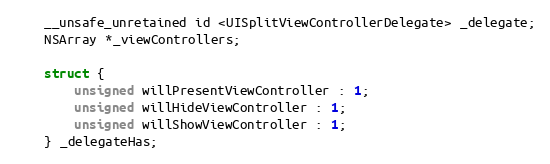
Language: C
    __unsafe_unretained id <UISplitViewControllerDelegate> _delegate;
    NSArray *_viewControllers;

    struct {
        unsigned willPresentViewController : 1;
        unsigned willHideViewController : 1;
        unsigned willShowViewController : 1;
    } _delegateHas;